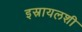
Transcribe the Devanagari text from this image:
इस्रायलशी